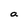
Character: a